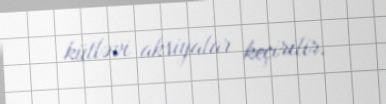
kütləvi aksiyalar keçirilir.